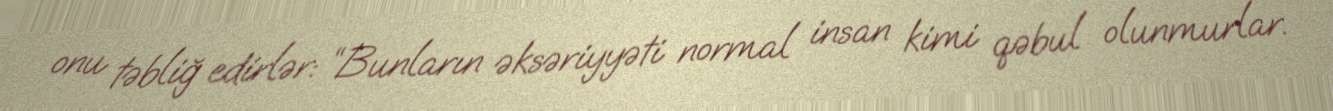
onu təbliğ edirlər: “Bunların əksəriyyəti normal insan kimi qəbul olunmurlar.